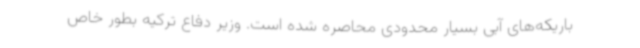
باریکه‌های آبی بسیار محدودی محاصره شده است. وزیر دفاع ترکیه بطور خاص